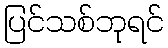
ပြင်သစ်ဘုရင်